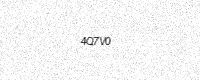
Text: 4Q7V0